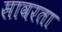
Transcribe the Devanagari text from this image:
सावरता